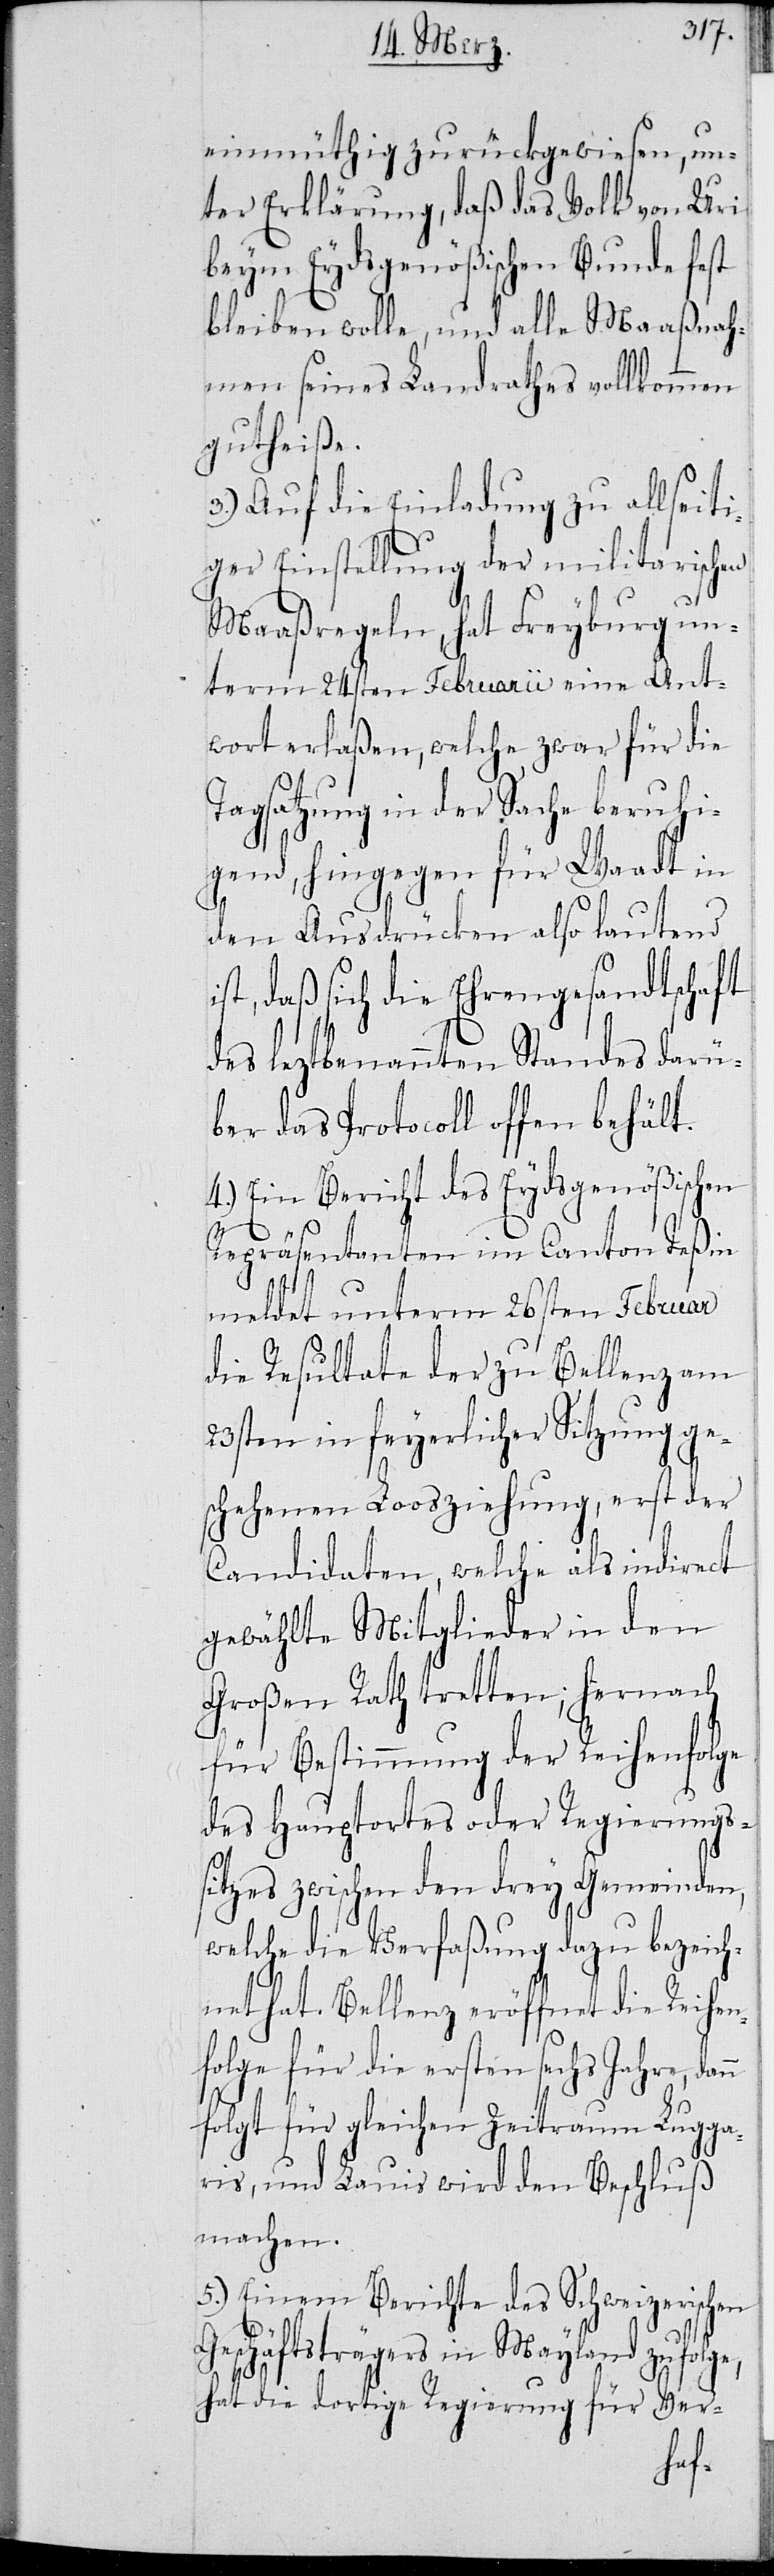
einmüthig zurückgewiesen, un¬
ter Erklärung, daß das Volk von Uri
beym Eydsgenößischen Bunde fest
bleiben wolle, und alle Maaßnah¬
men seines Landrathes vollkommen
gutheiße.
3) Auf die Einladung zu allseiti¬
ger Einstellung der militarischen
Maaßregeln, hat Freyburg un¬
term 24sten Februarii eine Ant¬
wort erlaßen, welche zwar für die
Tagsatzung in der Sache beruhi¬
gend, hingegen für Waadt in
den Ausdrücken also lautend
ist, daß sich die Ehrengesandtschaft
des leztbenannten Standes darü¬
ber das Protocoll offen behält.
4.) Ein Bericht des Eydsgenößischen
Repräsentanten im Canton Teßin
meldet unterm 26sten Februar
die Resultate der zu Bellenz am
23sten in feyerlicher Sitzung ge¬
schehenen Loosziehung, erst der
Candidaten, welche als indirect
gewählte Mitglieder in den
Großen Rath tretten; hernach
die Bestimmung der Reihenfolge
des Hauptortes oder Regierungs¬
sitzes zwischen den drey Gemeinden,
welche die Verfaßung dazu bezeich¬
net hat. Bellenz eröffnet die Reihen¬
folge für die ersten sechs Jahre, dann
folgt für gleichen Zeitraum Lugga¬
ris, und Lauis wird den Beschluß
machen.
5.) Einem Berichte des Schweizerischen
Geschäftsträgers in Mayland zufolge,
hat die dortige Regierung für Ver-